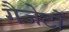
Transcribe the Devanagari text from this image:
गैजेटों